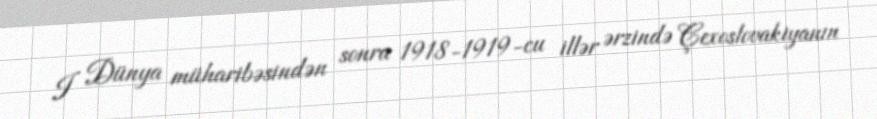
I Dünya müharibəsindən sonra 1918-1919-cu illər ərzində Çexoslovakiyanın